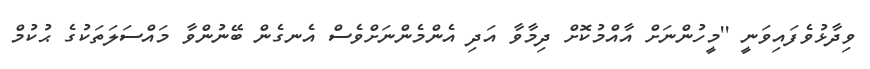
ވިދާޅުވެފައިވަނީ ''މީހުންނަށް އާއްމުކޮށް ދިމާވާ އަދި އެންމެންނަށްވެސް އެނގެން ބޭނުންވާ މައްސަލަތަކުގެ ޙުކުމް